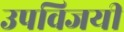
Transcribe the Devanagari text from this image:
उपविजयी